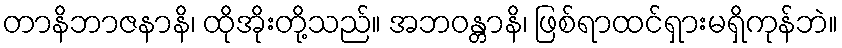
တာနိဘာဇနာနိ၊ ထိုအိုးတို့သည်။ အဘဝန္တာနိ၊ ဖြစ်ရာထင်ရှားမရှိကုန်ဘဲ။